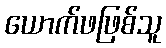
ယောက်ဖဖြစ်သူ